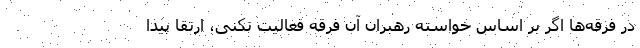
در فرقه‌ها اگر بر اساس خواسته رهبران آن فرقه فعالیت نکنی، ارتقا پیدا